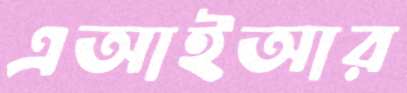
এআইআর